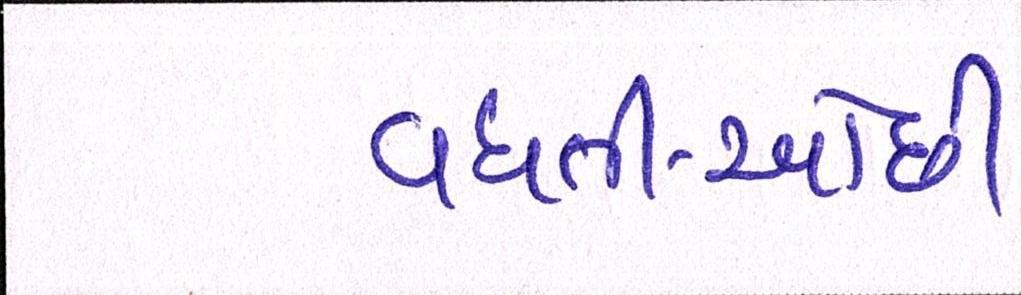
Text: વધતી-ઓછી